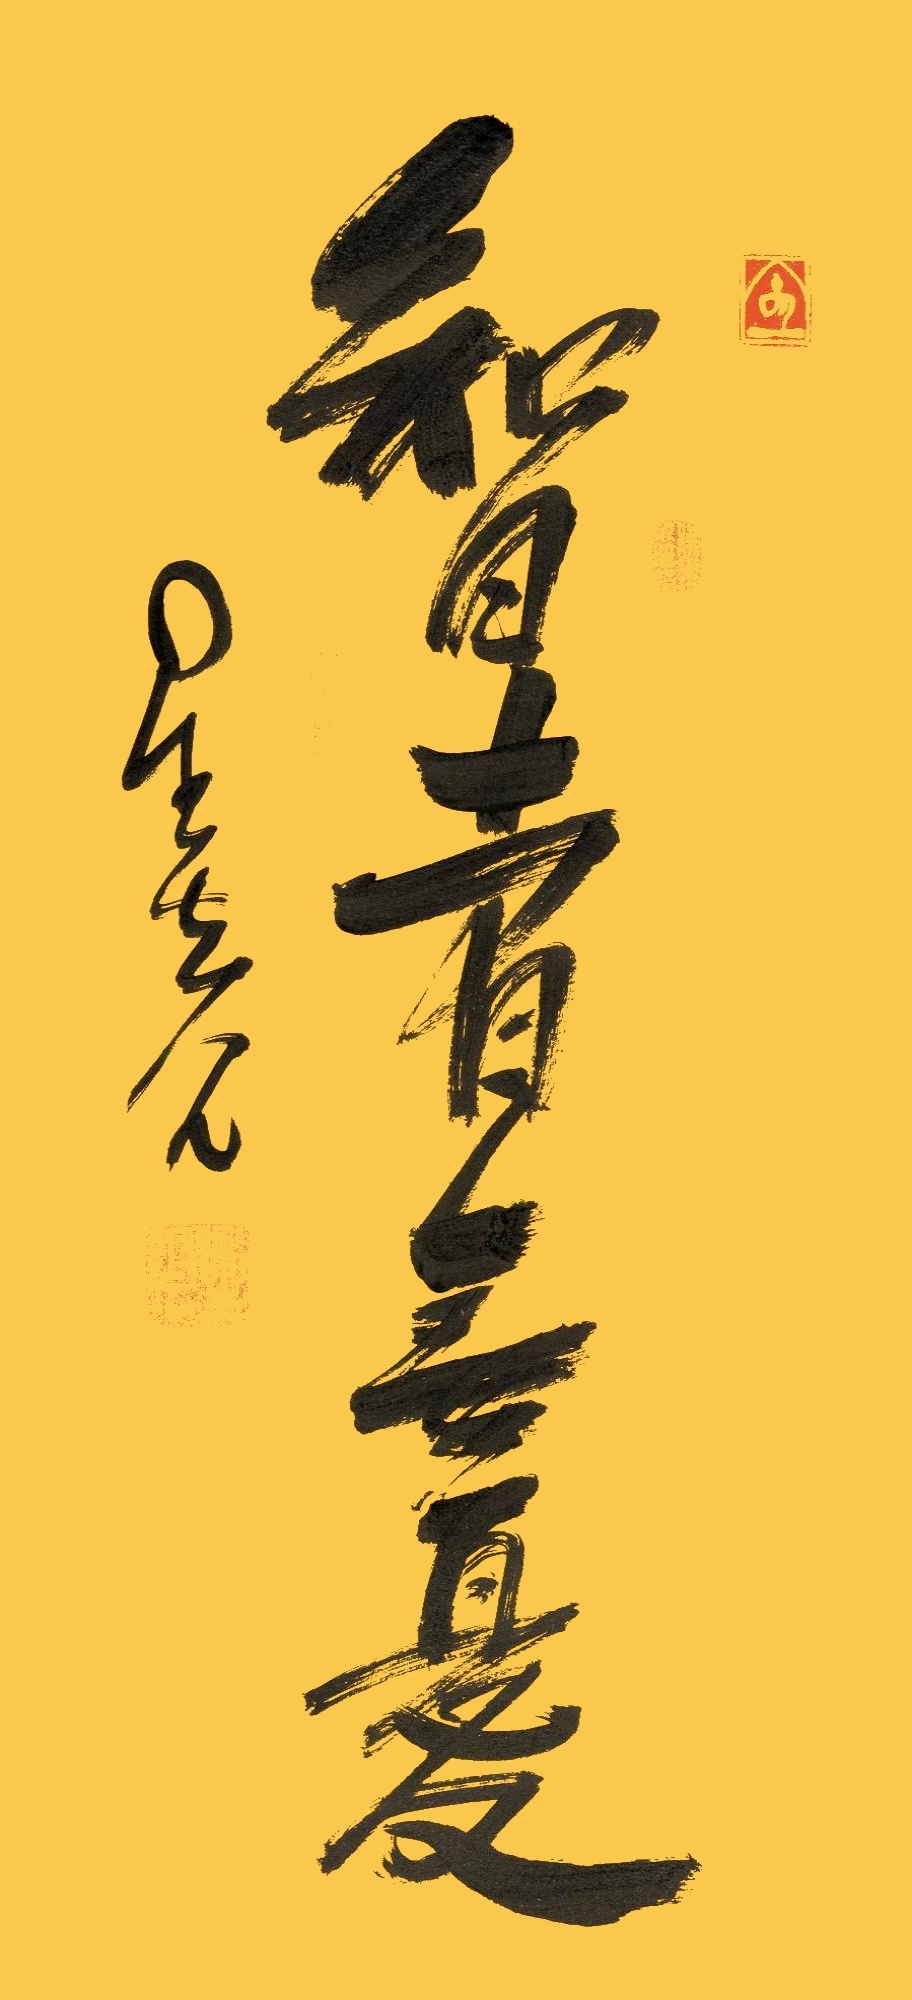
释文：智者无忧星云八九。